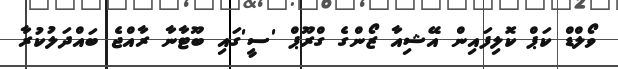
ވޯލްޑް ކަޕް ކޮލިފައިން އޭޝިއާ ޒޯންގެ ގްރޫޕް 'ސީ'ގައި ބޫޓާނާ ރާއްޖެ ބައްދަލުކުރާ